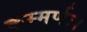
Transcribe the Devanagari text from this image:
कम्मर्णः।